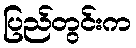
ပြည်တွင်းက